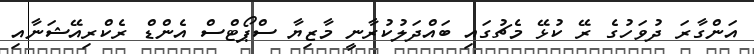
އަންގާރަ ދުވަހުގެ ރޭ ކުޅޭ މެޗުގައި ބައްދަލުކުރާނީ މާޒިޔާ ސްޕޯޓްސް އެންޑް ރެކްރިއޭޝަނާއި